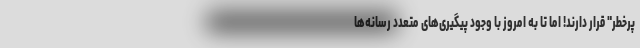
پرخطر" قرار دارند! اما تا به امروز با وجود پیگیری‌‌های متعدد رسانه‌ها